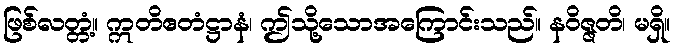
ဖြစ်လတ္တံ့။ ဣတိဧတံဋ္ဌာနံ၊ ဤသို့သောအကြောင်းသည်။ နဝိဇ္ဇတိ၊ မရှိ။